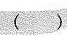
( )